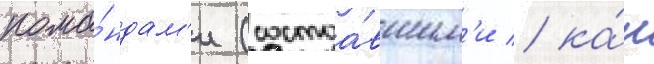
кома́ндам'и (состоа́вшим'и / ка́к